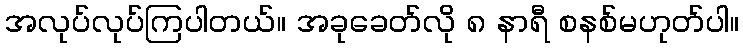
အလုပ်လုပ်ကြပါတယ်။ အခုခေတ်လို ၈ နာရီ စနစ်မဟုတ်ပါ။